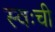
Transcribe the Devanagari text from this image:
स्वःची